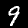
Digit: 9